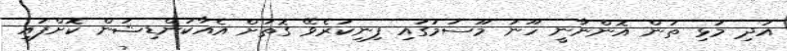
އަދި މުޅި ތަން އޮންނާނީ ހޫނު މޫސުމުގައި ފިނިކުރެވޭ ގޮތަށް އެއާކަންޑިޝަން ކޮށްފައި